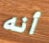
أنه